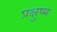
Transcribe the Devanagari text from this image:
प्रक्षुष्म